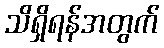
သိရှိရန်အတွက်